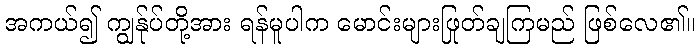
အကယ်၍ ကျွန်ုပ်တို့အား ရန်မူပါက မောင်းများဖြုတ်ချကြမည် ဖြစ်လေ၏။